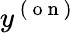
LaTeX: y^{\mathrm{~(~o~n~)~}}